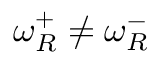
\omega _ { R } ^ { + } \neq \omega _ { R } ^ { - }